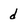
Character: d